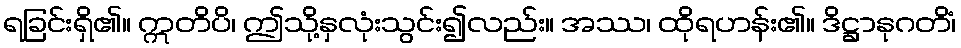
ရခြင်းရှိ၏။ ဣတိပိ၊ ဤသို့နှလုံးသွင်း၍လည်း။ အဿ၊ ထိုရဟန်း၏။ ဒိဋ္ဌာနုဂတိံ၊